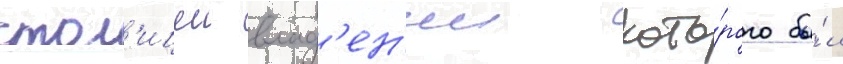
стол'ицеи влад'ен'ии кото́рого бы́л